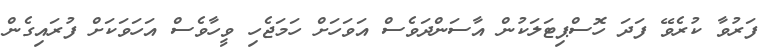
ފަރުވާ ކުރެވޭ ފަދަ ހޮސްޕިޓަލަކުން އާސަންދަވެސް އަވަހަށް ހަމަޖެހި ވީހާވެސް އަހަވަކަށް ފުރައިގެން